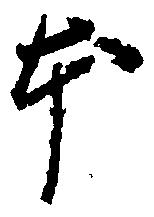
本